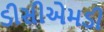
ડીસીએમડી